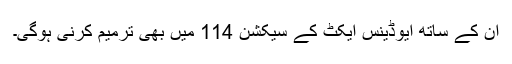
ان کے ساتھ ایوڈینس ایکٹ کے سیکشن 114 میں بھی ترمیم کرنی ہوگی۔